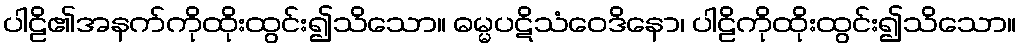
ပါဠိ၏အနက်ကိုထိုးထွင်း၍သိသော။ ဓမ္မပဋိသံဝေဒိနော၊ ပါဠိကိုထိုးထွင်း၍သိသော။